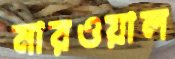
নারওয়াল